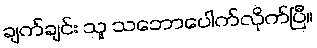
ချက်ချင်း သူ သဘောပေါက်လိုက်ပြီ။